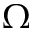
\Omega